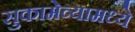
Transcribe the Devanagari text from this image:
सुकामेव्यामध्ये